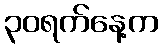
၃၀ရက်နေ့က